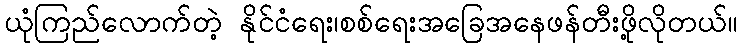
ယုံကြည်လောက်တဲ့ နိုင်ငံရေး၊စစ်ရေးအခြေအနေဖန်တီးဖို့လိုတယ်။